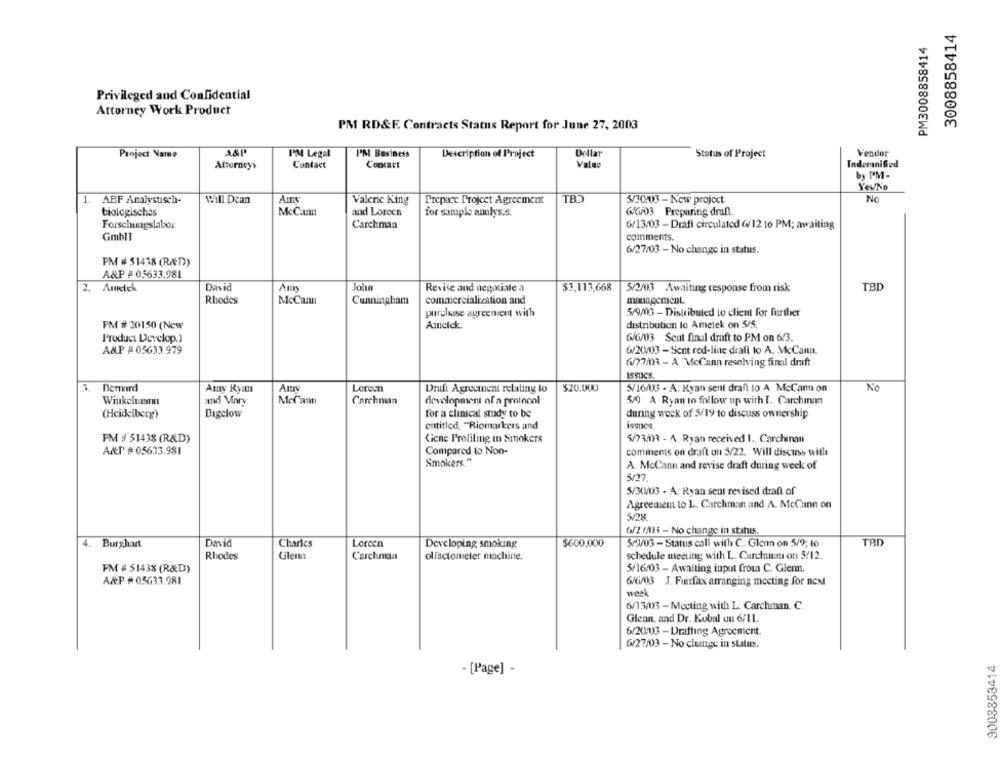
3008858414
PM3008858414
Privileged and Confidential
Attorney Work Product
PM RD&F. Contracts Status Report for June 27, 2003
PM Legal
Dellar
Vendor
Project Name
PM Business
Description of Project
Status of Project
Attorneys
Contact
Concart
Value
Indemnified
by PM-
YevNo
Will Dcan
Valeric King
No
1. ABF Analystisch-
Prepare Project Agreement
3/30/03 - New project
biologisches
McCann
and Loreen
for sample analys.s.
6/6/03 Preparing dran.
Forschungslabor
Carchman
6/13/03 - Draft circulated 6/12 to PM; awaiting
Gmb11
comments.
6/27/03 - No change in status.
PM # 51438 (RÆD))
A&P # 05633,981
2. Ametek
David
John
Revise and negotiate a
$3,113,668
5/2/03 Awaiting response from risk
TBD
Rhodes
McCann
Cunningham
commercialization and
management.
purchase agreement with
5/9/03 - Distributed to client for further
PM # 20150 (Ncw
Amcick.
distribution to Amelek on 5/5.
Product Develop.)
6/6/03 Seut final draft to PM on 6/3.
A&P # 05633.979
6/20/03 - Sent red-line draft to A. McCann.
6/77/03 - A McCann resolving final draft
issues.
3. Bernard
Amy Ryan
Amv
Loreen
Drift Agreement relating to
$20.000
5/16/03 - A. Ryan sent draft to A McCan on
No
Winkelen
and Mary
Carchnian
development of a protocol
5/9 A Ryan to follow up with I .. Carchman
(Heidelberg)
Bigclow
for a clinical study to be
during week of 5/19 to discuss ownership
entitled, "Biomarkers and
ismes.
PM # 51438 (R&D)
Cicne Profiling in Smokers
5/23/193 - A. Ryan received 1 ., Carchinan
A&T # 05633.981
Compared to Non-
comments on draft on 5/22. Will discuss with
Smokers."
A. McCann and revise draft during week of
5/27.
5/30/03 - A. Ryan sent revised draft of
Agreement to L. Carchman and A. McCann on
3/28
6/2/8133 - No change in statis.
TAD
4.
Burghart
David
Charles
Loreen
Developing smoking
$600.000
5/3/03 - Status call with C. Glem on 5/9; to
Rhodes
Glenn
Carchman
oll'actometer machine.
schedule meeting with L. Carchun on 5/12.
PM # 51438 (R&D)
5/16/03 - Awaiting input from C. Glenn.
A&P #05633.981
6/6/03 J. Fuirfax arranging meeting for next
week
6/13/03 - Meeting with L. Carchinan. C.
Glenn, and Dr. Kobal un 6/11.
6/20/03 - Drafting Agrocment.
6/27/03 - No cleinge in status.
9008858414
- [Page] -